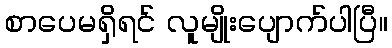
စာပေမရှိရင် လူမျိုးပျောက်ပါပြီ။